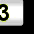
Digit: 3